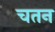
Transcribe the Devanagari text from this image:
चतन